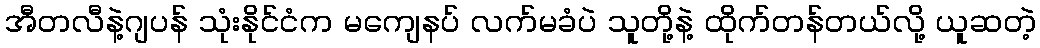
အီတလီနဲ့ဂျပန် သုံးနိုင်ငံက မကျေနပ် လက်မခံပဲ သူတို့နဲ့ ထိုက်တန်တယ်လို့ ယူဆတဲ့